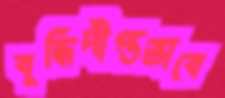
বুদ্ধিদীপ্তভাবে